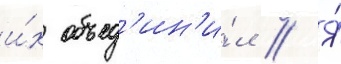
и́х объед'ин'и́л // Я́